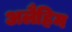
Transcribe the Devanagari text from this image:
अलैहिम